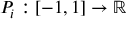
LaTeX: P _ { i } : [ - 1 , 1 ] \to \mathbb { R }